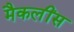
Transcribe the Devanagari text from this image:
मैकलींस